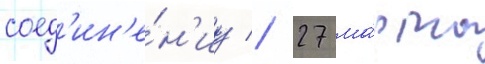
соед'ин'е́н'иу // 27 ма́рта